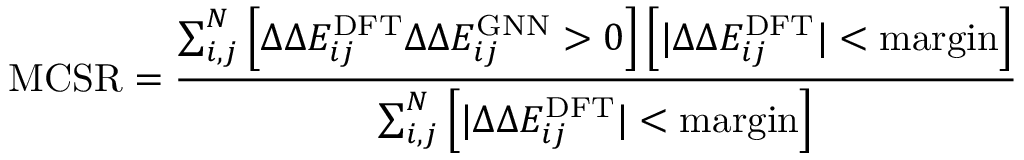
\centering \mathrm { M C S R } = \frac { \sum _ { i , j } ^ { N } \left[ \Delta \Delta E _ { i j } ^ { \mathrm { D F T } } \Delta \Delta E _ { i j } ^ { \mathrm { G N N } } > 0 \right] \left[ \lvert \Delta \Delta E _ { i j } ^ { \mathrm { D F T } } \rvert < \mathrm { m a r g i n } \right] } { \sum _ { i , j } ^ { N } \left[ \lvert \Delta \Delta E _ { i j } ^ { \mathrm { D F T } } \rvert < \mathrm { m a r g i n } \right] }